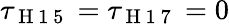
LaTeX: \tau_{\mathrm{~H~1~5~}}=\tau_{\mathrm{~H~1~7~}}=0